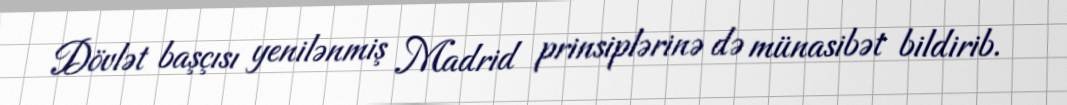
Dövlət başçısı yenilənmiş Madrid prinsiplərinə də münasibət bildirib.